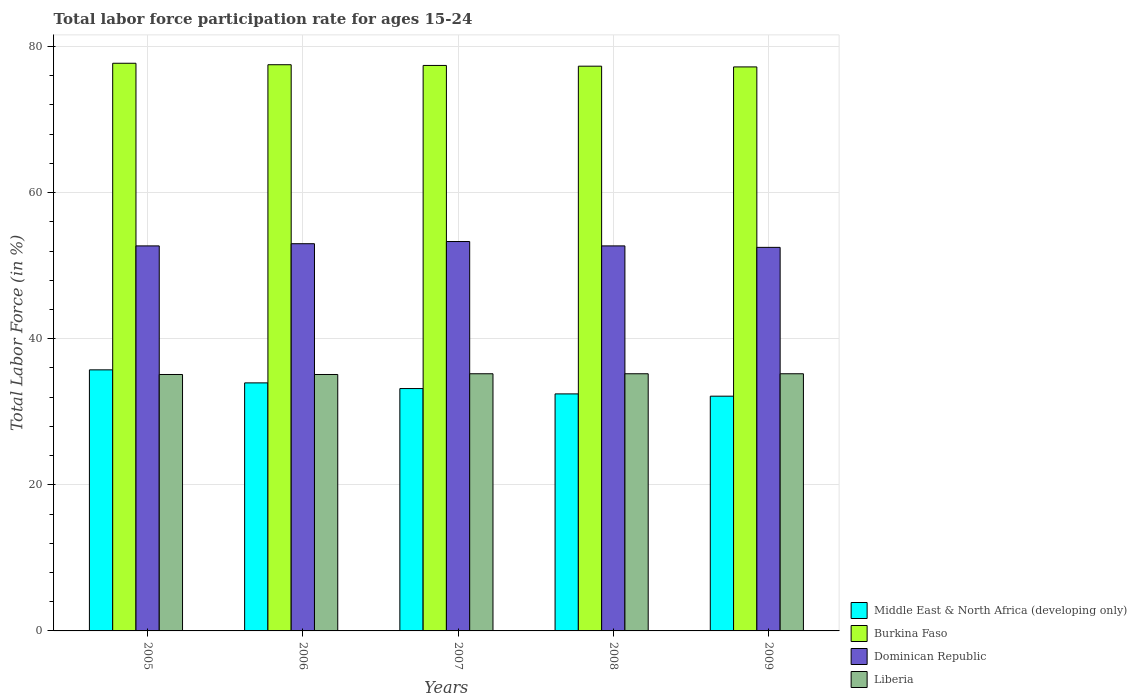
| Years | Middle East & North Africa (developing only) | Burkina Faso | Dominican Republic | Liberia |
 | --- | --- | --- | --- | --- |
 | 2005 | 35.7 | 77.7 | 52.7 | 35.1 |
 | 2006 | 34 | 77.5 | 53 | 35.1 |
 | 2007 | 33.2 | 77.4 | 53.3 | 35.2 |
 | 2008 | 32.4 | 77.3 | 52.7 | 35.2 |
 | 2009 | 32.1 | 77.2 | 52.5 | 35.2 |